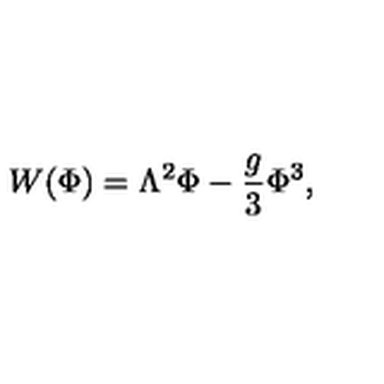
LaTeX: W ( \Phi ) = \Lambda ^ { 2 } \Phi - \frac { g } { 3 } \Phi ^ { 3 } ,